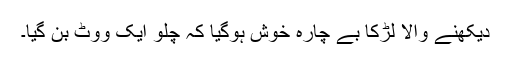
دیکھنے والا لڑکا بے چارہ خوش ہوگیا کہ چلو ایک ووٹ بن گیا۔